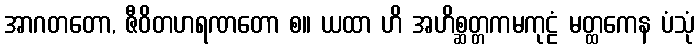
အာဂတတော, ဇီဝိတဟရဏတော စ။ ယထာ ဟိ အဟိစ္ဆတ္တကမကုဠံ မတ္ထကေန ပံသုံ